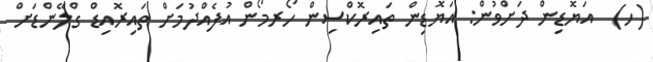
(ހ)  އަޔޮޑިން ދަށްވުން: އަޔޮޑިން ތައިރޮކްސިން ހޯރމޯން އުފެއްދުމަށް ތައިރޮއިޑް ގްލޭންޑަށް